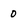
Character: 0